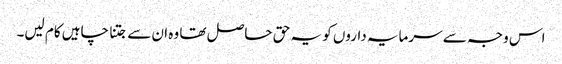
اس وجہ سے سرمایہ داروں کو یہ حق حاصل تھا وہ ان سے جتنا چاہیں کام لیں۔